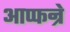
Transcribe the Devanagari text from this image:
आप्फन्रे